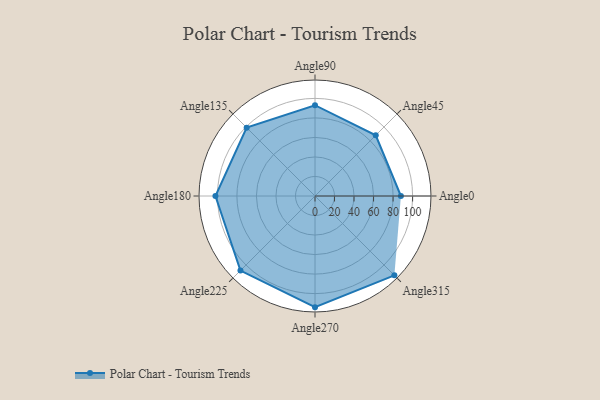
{"axis": {"x": "Angle", "y": "Radius"}, "legend": [""], "data": [{"x": "Angle0", "y": 88.0, "type": ""}, {"x": "Angle45", "y": 88.0, "type": ""}, {"x": "Angle90", "y": 93.0, "type": ""}, {"x": "Angle135", "y": 99.0, "type": ""}, {"x": "Angle180", "y": 102.0, "type": ""}, {"x": "Angle225", "y": 108.0, "type": ""}, {"x": "Angle270", "y": 114.0, "type": ""}, {"x": "Angle315", "y": 115.0, "type": ""}]}